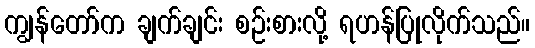
ကျွန်တော်က ချက်ချင်း စဉ်းစားလို့ ရဟန်ပြုလိုက်သည်။